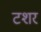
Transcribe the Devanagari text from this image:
टशर